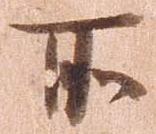
所